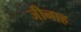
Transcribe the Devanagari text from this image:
जीनाह